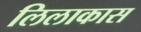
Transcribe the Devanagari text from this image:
लिलाकास